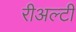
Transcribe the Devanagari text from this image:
रीअल्टी